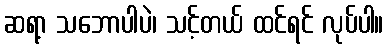
ဆရာ့ သဘောပါပဲ၊ သင့်တယ် ထင်ရင် လုပ်ပါ။